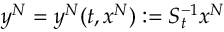
y ^ { N } = y ^ { N } ( t , x ^ { N } ) : = S _ { t } ^ { - 1 } x ^ { N }